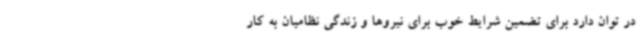
در توان دارد برای تضمین شرایط خوب برای نیروها و زندگی نظامیان به کار